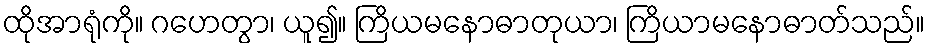
ထိုအာရုံကို။ ဂဟေတွာ၊ ယူ၍။ ကြိယမနောဓာတုယာ၊ ကြိယာမနောဓာတ်သည်။